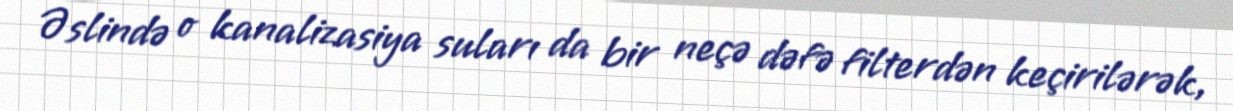
Əslində o kanalizasiya suları da bir neçə dəfə filterdən keçirilərək,